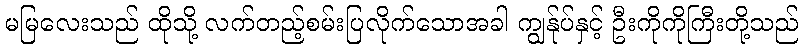
မမြလေးသည် ထိုသို့ လက်တည့်စမ်းပြလိုက်သောအခါ ကျွန်ုပ်နှင့် ဦးကိုကိုကြီးတို့သည်